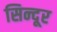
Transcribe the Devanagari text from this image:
सिन्‍दूर